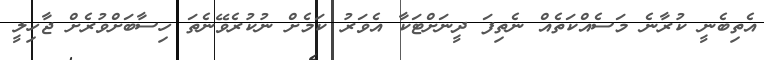
އެތިބެނީ ކުރާނެ މަސެއްކަތެއް ނެތިފަ ދީނަށްޓަކާ އެވަރު ކަމެށް ނުކުރެވޭނެތަ ހިސާބަށްވުރެށް ޖާހިލީ